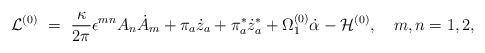
LaTeX: \begin{align*}{\cal L}^{(0)}~=~ \frac{\kappa}{2 \pi} \epsilon^{mn} A_n \dot{A}_m + \pi_a \dot{z}_a + \pi^*_a \dot{z}^*_a + \Omega^{(0)}_1 \dot{\alpha} - {\cal H}^{(0)}, ~~~m, n=1,2 ,\end{align*}